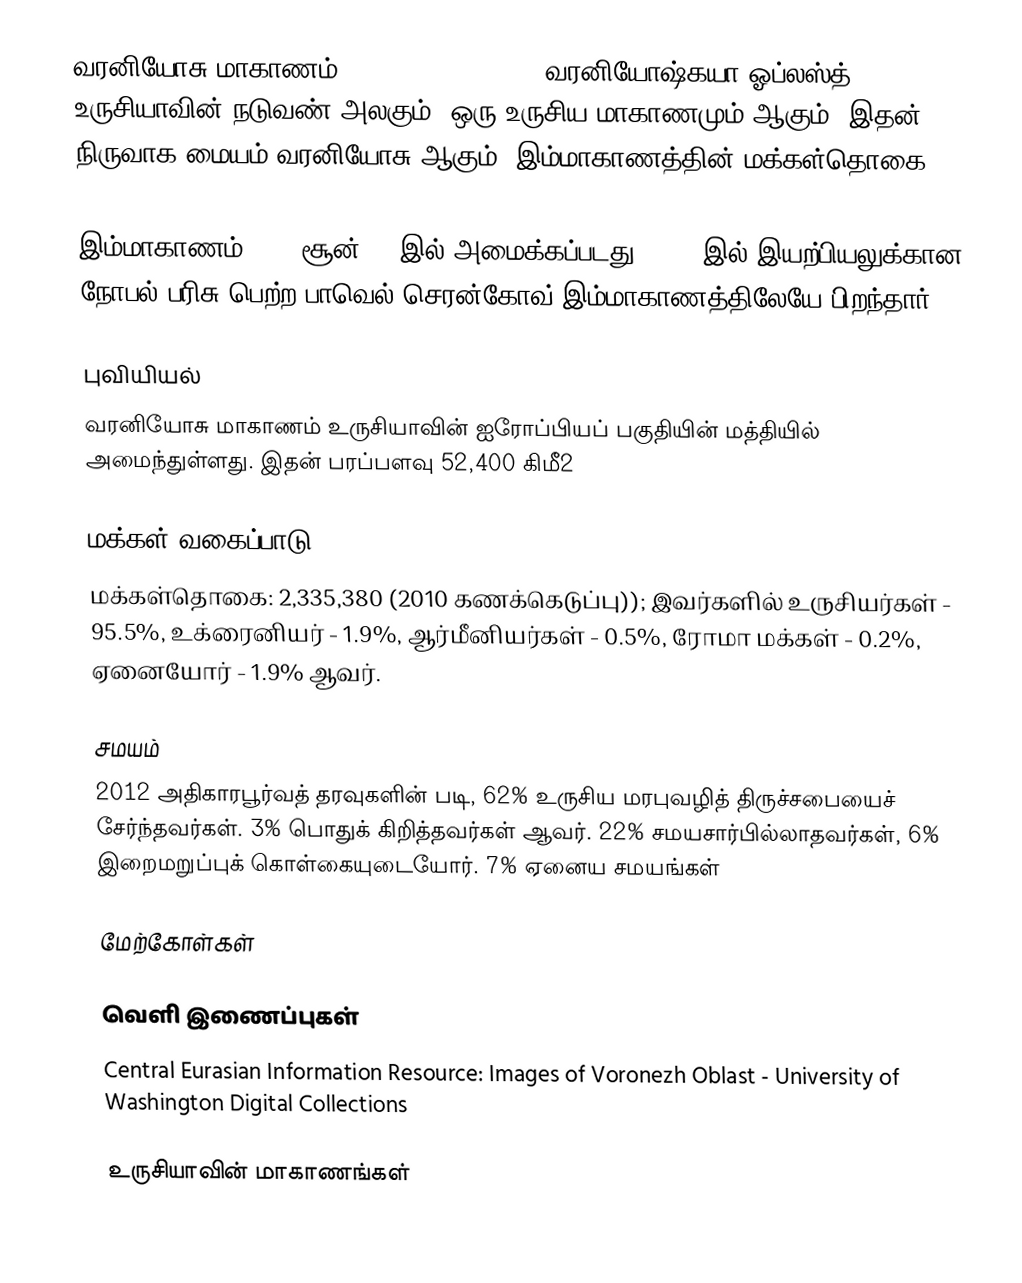
வரனியோசு மாகாணம் (Voronezh Oblast, , வரனியோஷ்கயா ஓப்லஸ்த்) உருசியாவின் நடுவண் அலகும், ஒரு உருசிய மாகாணமும் ஆகும். இதன் நிருவாக மையம் வரனியோசு ஆகும். இம்மாகாணத்தின் மக்கள்தொகை 2,335,380 (2010).

இம்மாகாணம் 1934 சூன் 13 இல் அமைக்கப்படது. 1958 இல் இயற்பியலுக்கான நோபல் பரிசு பெற்ற பாவெல் செரன்கோவ் இம்மாகாணத்திலேயே பிறந்தார்..

புவியியல்
வரனியோசு மாகாணம் உருசியாவின் ஐரோப்பியப் பகுதியின் மத்தியில் அமைந்துள்ளது. இதன் பரப்பளவு 52,400 கிமீ2

மக்கள் வகைப்பாடு
மக்கள்தொகை: 2,335,380 (2010 கணக்கெடுப்பு)); இவர்களில் உருசியர்கள் - 95.5%, உக்ரைனியர் - 1.9%, ஆர்மீனியர்கள் - 0.5%, ரோமா மக்கள் - 0.2%, ஏனையோர் - 1.9% ஆவர்.

சமயம்
2012 அதிகாரபூர்வத் தரவுகளின் படி, 62% உருசிய மரபுவழித் திருச்சபையைச் சேர்ந்தவர்கள். 3% பொதுக் கிறித்தவர்கள் ஆவர். 22% சமயசார்பில்லாதவர்கள், 6% இறைமறுப்புக் கொள்கையுடையோர். 7% ஏனைய சமயங்கள்

மேற்கோள்கள்

வெளி இணைப்புகள்
Central Eurasian Information Resource: Images of Voronezh Oblast - University of Washington Digital Collections

உருசியாவின் மாகாணங்கள்